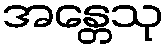
အန္တေသု